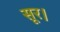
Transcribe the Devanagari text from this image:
सूर।